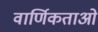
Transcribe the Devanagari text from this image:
वार्णिकताओं